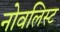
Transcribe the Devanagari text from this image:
नोवलिस्ट